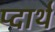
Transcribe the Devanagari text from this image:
प्दार्थ